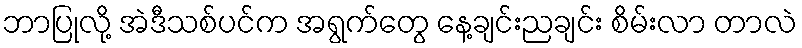
ဘာပြုလို့ အဲဒီသစ်ပင်က အရွက်တွေ နေ့ချင်းညချင်း စိမ်းလာ တာလဲ